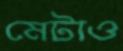
মেটাও